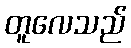
တူလေသည်